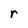
Character: r